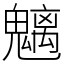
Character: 魑